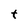
Character: t